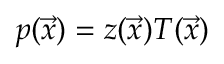
p ( \vec { x } ) = z ( \vec { x } ) T ( \vec { x } )